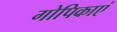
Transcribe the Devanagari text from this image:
गोपिकाएं